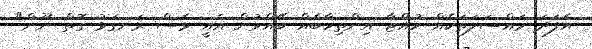
އެފަދަ މައްސަލަތަކެއް ހުއްޓާ އިންތިހާބެއް ބޭއްވުން އެއީ ވެސް ރަނގަޅު ގޮތް ނޫން"